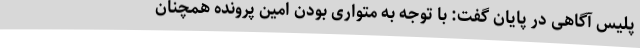
پلیس آگاهی در پایان گفت: با توجه به متواری بودن امین پرونده همچنان